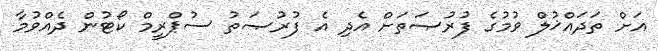
އަށް ތަދައްޚުލް ވުމުގެ ފުރުޞަތަށް އެދި އެ ފުރުޞަތު ސުޕްރީމް ކޯޓުން ދެއްވުމާ